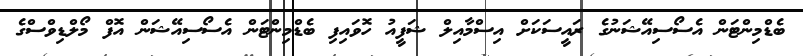
ބެޑްމިންޓަން އެސޯސިއޭޝަނުގެ ރައީސަކަށް އިސްމާއިލް ޝަފީއު ހޮވައިފި ބެޑްމިންޓަން އެސޯސިއޭޝަން އޮފް މޯލްޑިވްސްގެ